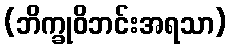
(ဘိက္ခုဝိဘင်းအရသာ)